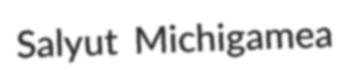
Salyut Michigamea